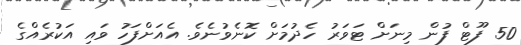
50 ފޫޓް ފުން މިނަށް ޓަވަރު ހެދުމަށް ކޮނެވުނެވެެ. އެއަށްފަހު ވައި އަކުރެއްގެ